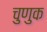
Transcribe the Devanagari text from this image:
चुणुक